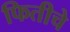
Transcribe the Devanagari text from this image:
फितीचे